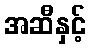
အဆီနှင့်